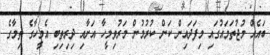
ބައެއް މުޖުތަމައުގައި މިފަދައިން ކަން ކުރުމުން މަރުވިމީހާ އަށާއި ދިރިތިބި އެމީހާގެ ތިމާގެ